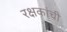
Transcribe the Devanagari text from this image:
रक्षकांची